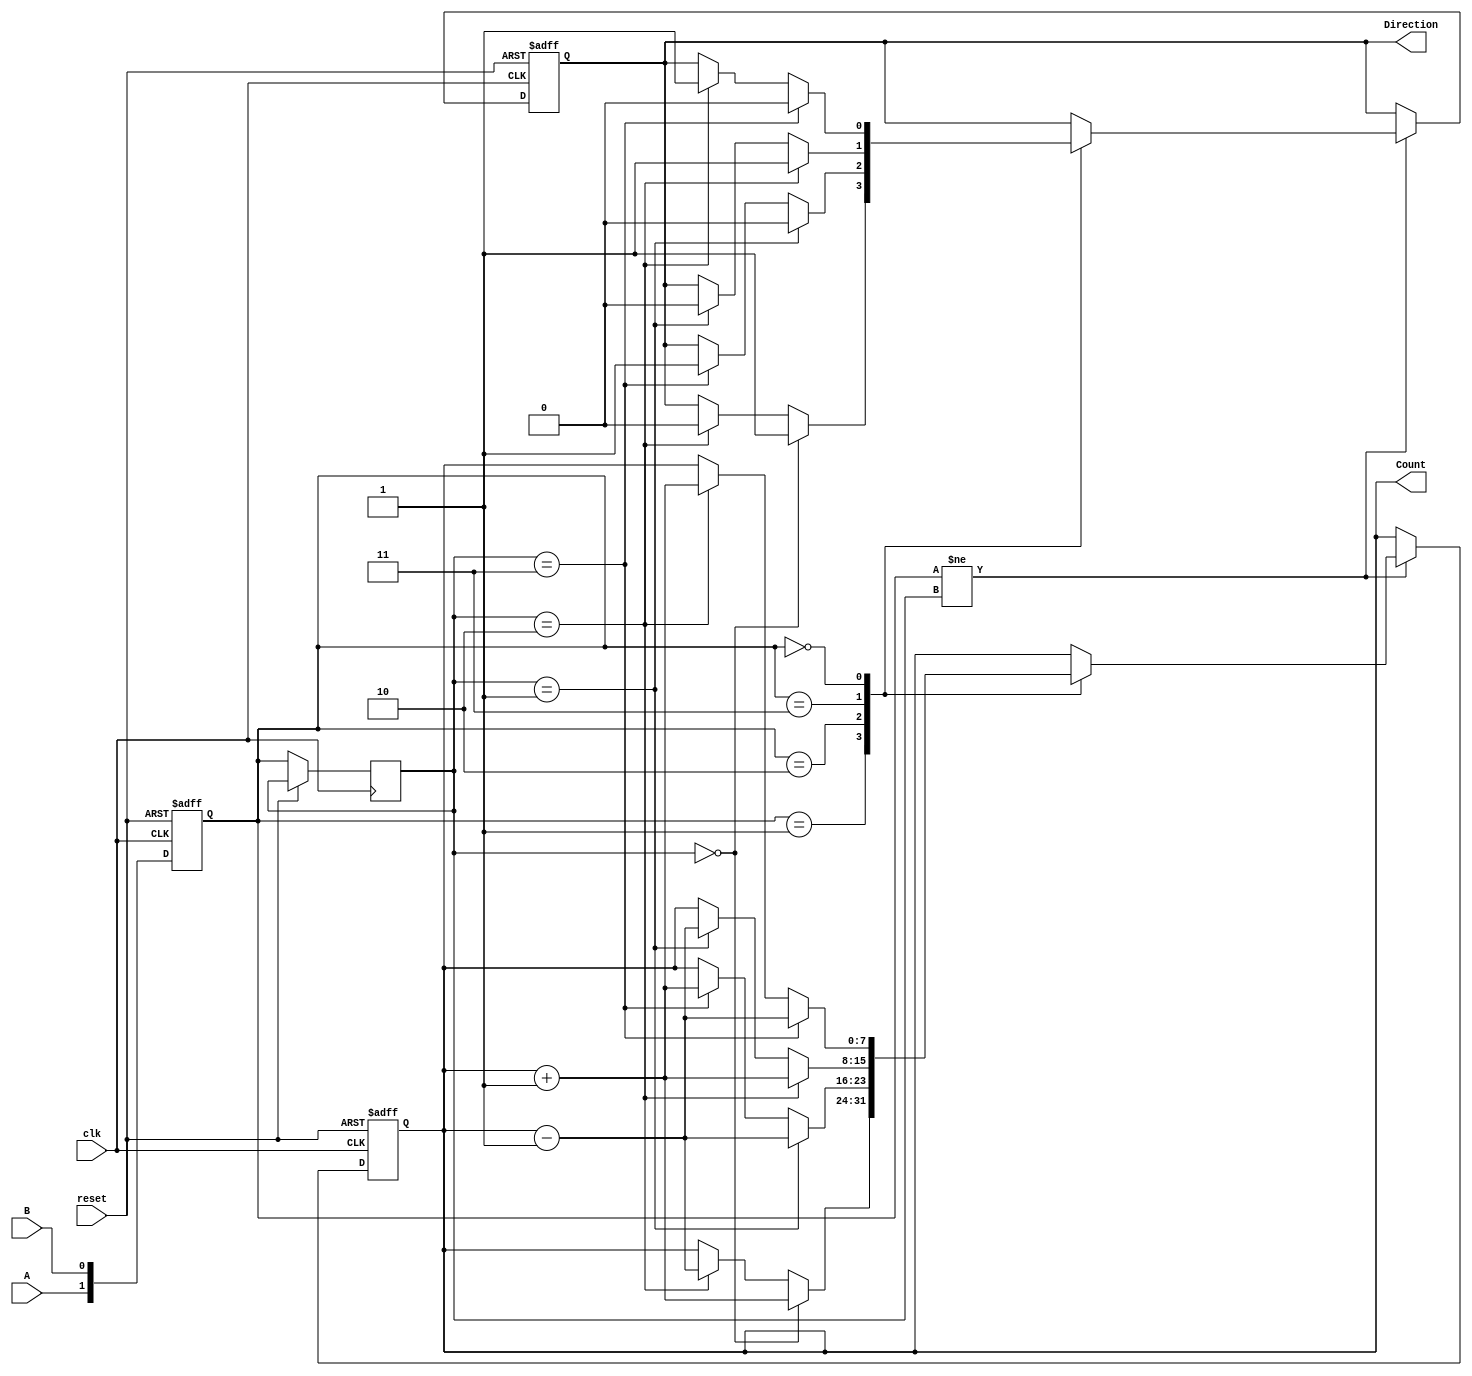
module rotary_encoder (
    input wire clk,        // Clock signal for debouncing
    input wire reset,      // Asynchronous reset signal
    input wire A,         // Rotary encoder signal A
    input wire B,         // Rotary encoder signal B
    output reg Direction,  // Direction of rotation (1 for CW, 0 for CCW)
    output reg [7:0] Count // 8-bit counter for count output
);

// State definitions
reg [1:0] current_state;
reg [1:0] previous_state;

// Parameter definitions for rotary encoder states
localparam S0 = 2'b00;
localparam S1 = 2'b01;
localparam S2 = 2'b10;
localparam S3 = 2'b11;

// Debounce and state transition logic
always @(posedge clk or posedge reset) begin
    if (reset) begin
        current_state <= S0;
        Count <= 8'b0;
        Direction <= 1'b0;
    end else begin
        previous_state <= current_state;

        // Update current state based on inputs A and B
        current_state <= {A, B};
        
        // Detect edge transitions and update count/direction accordingly
        if (current_state != previous_state) begin
            case (current_state)
                S1: begin // 01
                    if (previous_state == S0) begin // 00 -> 01
                        Direction <= 1; // CW
                        Count <= Count + 1; // Increment count
                    end else if (previous_state == S2) begin // 10 -> 01
                        Direction <= 0; // CCW
                        Count <= Count - 1; // Decrement count
                    end
                end
                S2: begin // 10
                    if (previous_state == S1) begin // 01 -> 10
                        Direction <= 0; // CCW
                        Count <= Count - 1; // Decrement count
                    end else if (previous_state == S3) begin // 11 -> 10
                        Direction <= 1; // CW
                        Count <= Count + 1; // Increment count
                    end
                end
                S3: begin // 11
                    if (previous_state == S2) begin // 10 -> 11
                        Direction <= 1; // CW
                        Count <= Count + 1; // Increment count
                    end else if (previous_state == S1) begin // 01 -> 11
                        Direction <= 0; // CCW
                        Count <= Count - 1; // Decrement count
                    end
                end
                S0: begin // 00
                    if (previous_state == S3) begin // 11 -> 00
                        Direction <= 0; // CCW
                        Count <= Count - 1; // Decrement count
                    end else if (previous_state == S2) begin // 10 -> 00
                        Direction <= 1; // CW
                        Count <= Count + 1; // Increment count
                    end
                end
            endcase
        end
    end
end

endmodule